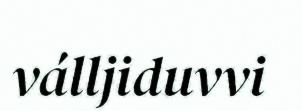
válljiduvvi